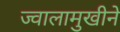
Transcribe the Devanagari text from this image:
ज्वालामुखीने